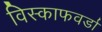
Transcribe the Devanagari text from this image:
विस्काफवर्डा